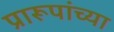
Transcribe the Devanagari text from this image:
प्रारूपांच्या